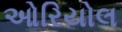
ઓરિયોલ